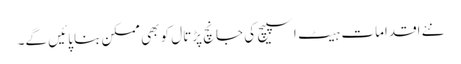
نئے اقدامات ہیٹ اسپیچ کی جانچ پڑتال کو بھی ممکن بنا پائیں گے۔